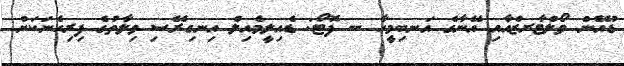
ޑުއޭން ވޯލްޓާރޒްއާއި އޭނާގެ އަނބިމީހާ -- ފޮޓޯ: ޑެއިލީމެއިލް އިނގިރޭސި ވިލާތުގެ ފިރިހެނަކަށް